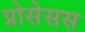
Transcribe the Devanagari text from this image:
प्रोसेसस